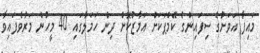
މައިފާ އަވަށުގެ ސިފައިންގެ ކޭމްޕަކަށް އަމާޒުކޮށް ދިން ހަމަލާގައި 40 މީހުން މަރުވެފައިވާ